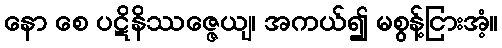
နော စေ ပဋိနိဿဇ္ဇေယျ၊ အကယ်၍ မစွန့်ငြားအံ့။